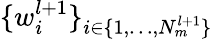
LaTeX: \{ w_{i}^{l+1}\} _{i\in\{ 1,\dots,N_{m}^{l+1}\} }